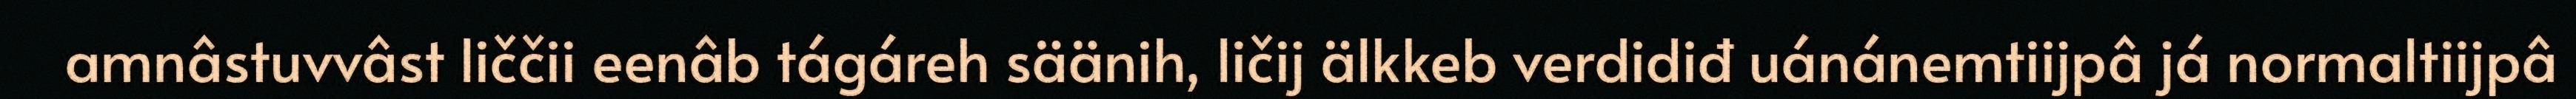
amnâstuvvâst liččii eenâb tágáreh säänih, ličij älkkeb verdidiđ uánánemtiijpâ já normaltiijpâ